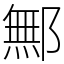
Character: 鄦